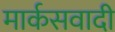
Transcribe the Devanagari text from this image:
मार्कसवादी